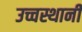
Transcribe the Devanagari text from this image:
उच्चस्थानी